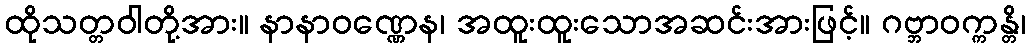
ထိုသတ္တဝါတို့အား။ နာနာဝဏ္ဏေန၊ အထူးထူးသောအဆင်းအားဖြင့်။ ဂဗ္ဘာဝက္ကန္တိ၊